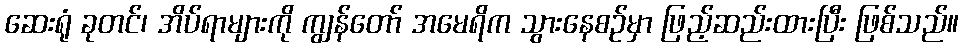
ဆေးရုံ ခုတင်၊ အိပ်ရာများကို ကျွန်တော် အမေရိက သွားနေစဉ်မှာ ဖြည့်ဆည်းထားပြီး ဖြစ်သည်။